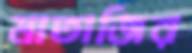
মাতাজির